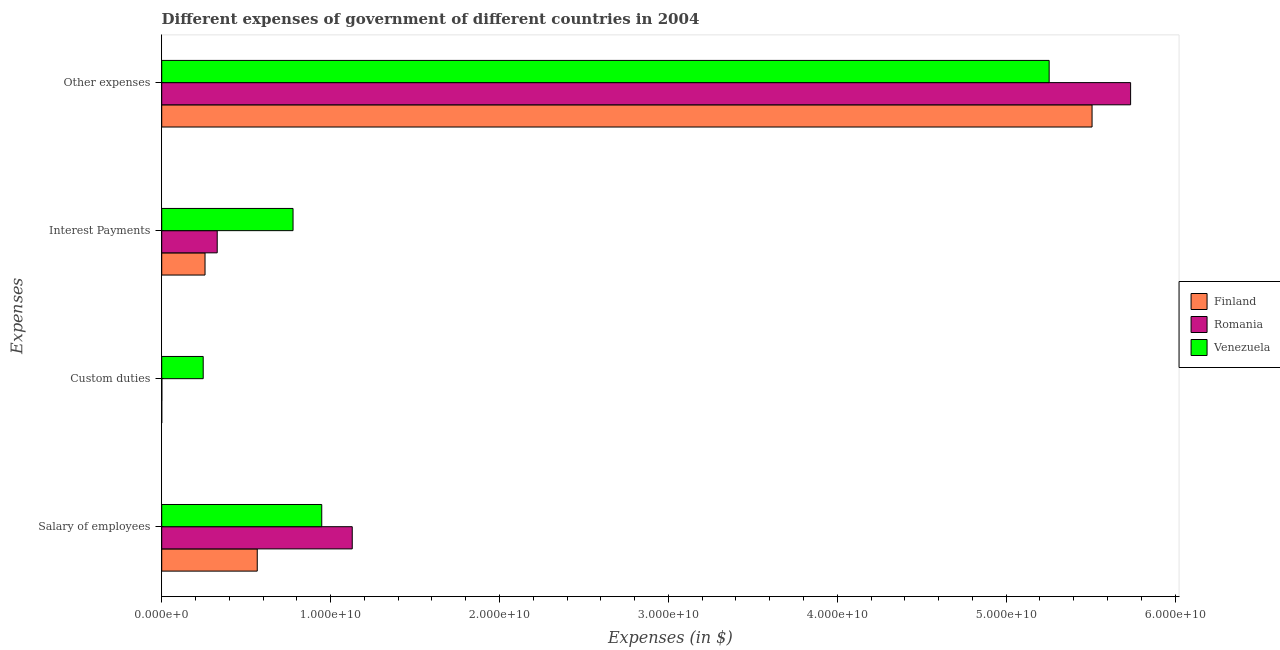
| Expenses | Finland | Romania | Venezuela |
 | --- | --- | --- | --- |
 | Salary of employees | 5.66e+09 | 1.13e+10 | 9.48e+09 |
 | Custom duties | 1e+06 | 7.91e+06 | 2.46e+09 |
 | Interest Payments | 2.56e+09 | 3.29e+09 | 7.78e+09 |
 | Other expenses | 5.51e+10 | 5.74e+10 | 5.25e+10 |